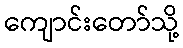
ကျောင်းတော်သို့